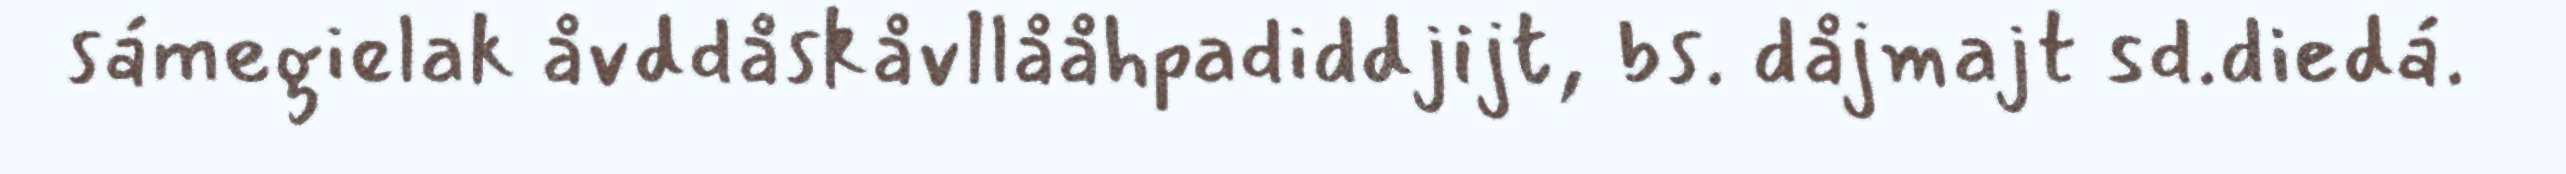
sámegielak åvddåskåvllååhpadiddjijt, bs. dåjmajt sd.diedá.